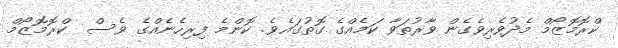
ކްރޮމޮޒޯމް މެދުވެރިވެގެން ވާރުތަވާ ކަމެއްގެ ގޮތުގައެވެ. ކޮންމެ ފިރިހެނެއްގެ ވެސް  ކްރޮމޮޒޯމް